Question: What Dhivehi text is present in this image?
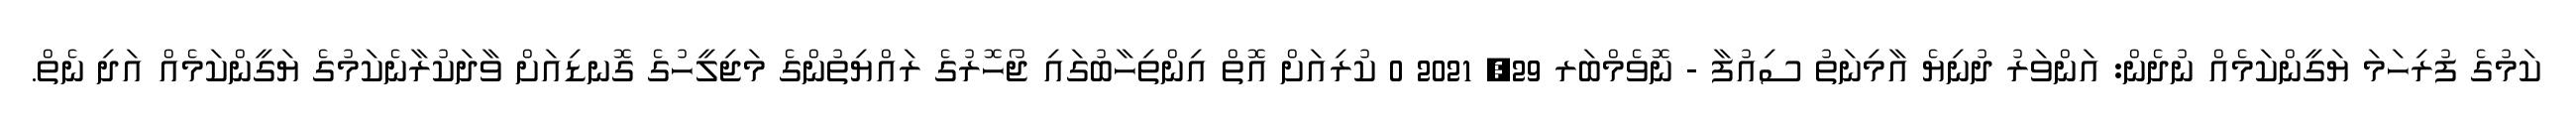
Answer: ކަމުގެ ފުރިހަމަ ޔަގީންކަމެއް ނުދެން: އަންވަރު ދުނިޔެ އާމިނަތު ސިއުފާ - ނޮވެމްބަރ 29, 2021 0 ކުރިއަށް އޮތް އިންތިހާބުގައި ޖޯހޮރުގެ ރައްޔިތުންގެ މަޖިލީހުގެ ގޮނޑިއަށް ވާދަކުރާނެކަމުގެ ޔަގީންކަމެއް އަދި ނެތް.